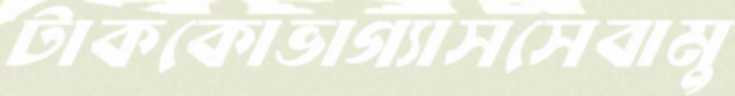
টাককোভাগ্যাসসেবামু